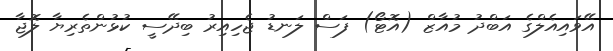
އޭވައިއެލްގެ އަބްދު މުއާޒް (އޮޓޯ) ފަސް ލަނޑު ޖެހިއިރު ބިދޭސީ ކުޅުންތެރިޔާ ލޮޖާ